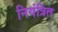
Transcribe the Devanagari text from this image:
नियंत्रित